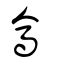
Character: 𠓮